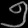
Digit: ၅